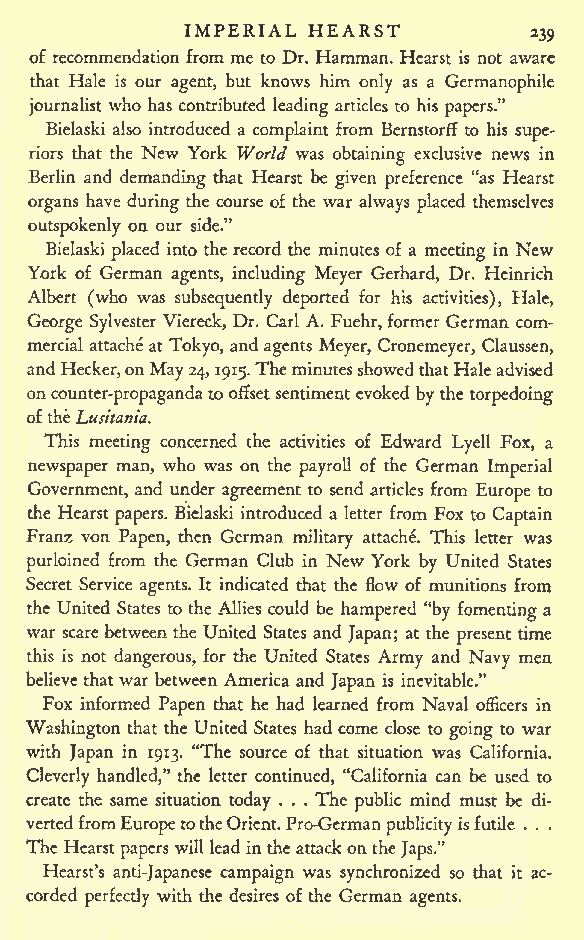
IMPERIAL HEARST
 239
 of recommendation from me to Dr. Hamman. Hearst is not aware
 that Hale is our agent, but knows him only as a Germanophile
 journalist who has contributed leading articles to his papers."
 Bielaski also introduced a complaint from Bernstorff to his supe-
 riors that the New York World was obtaining exclusive news in
 Berlin and demanding that Hearst be given preference "as Hearst
 organs have during the course of the war always placed themselves
 outspokenly on our side."
 Bielaski placed into the record the minutes of a meeting in New
 York of German agents, including Meyer Gerhard, Dr. Heinrich
 Albert (who was subsequently deported for his activities), Hale,
 George Sylvester Viereck, Dr. Carl A. Fuehr,former German com-
 mercial attache at Tokyo, and agents Meyer, Cronemeyer, Claussen,
 andHecker,onMay24, 1915.TheminutesshowedthatHaleadvised
 on counter-propagandatooffset sentiment evoked bythe torpedoing
 oftheLusitania.
 This meeting concerned the activities of Edward Lyell Fox, a
 newspaper man, who was on the payroll of the German Imperial
 Government, and under agreement to send articles from Europe to
 the Hearst papers. Bielaski introduced a letter from Fox to Captain
 Franz von Papen, then German military attache. This letter was
 purloined from the German Club in New York by United States
 Secret Service agents. It indicated that the flow of munitions from
 the United States to the Allies could be hampered "by fomenting a
 war scare between the United States and Japan; at the present time
 this is not dangerous, for the United States Army and Navy men
 believethat war between America and Japan is inevitable."
 Fox informed Papen that he had learned from Naval officers in
 Washington that the United States had come close to going to war
 with Japan in 1913. "The source of that situation was California.
 Cleverly handled," the letter continued, "California can be used to
 create the same situation today . . . The public mind must be di-
 vertedfromEuropetotheOrient.Pro-German publicityisfutile . . .
 The Hearst papers will lead in the attackontheJaps."
 Hearst's anti-Japanese campaign was synchronized so that it ac-
 corded perfectly with the desires of the German agents.